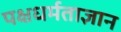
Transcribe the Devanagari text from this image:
पक्षधर्मताज्ञान